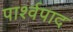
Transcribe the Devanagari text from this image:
पार्श्वपाद